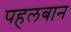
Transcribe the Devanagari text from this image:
पहलबान